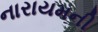
નારાયમની